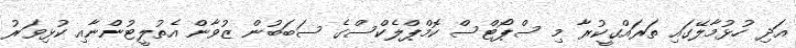
އަދި ހުޅުމާލޭގައި ތަރައްގީކުރާ މި ސްޕޯޓްސް ކޮމްޕްލެކްސްގެ ސަބަބުން ޒުވާން އެތުލީޓުންނާއި ކުޅިވަރު